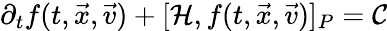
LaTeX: \partial_{t}f(t,\vec{x},\vec{v})+[\mathcal{H},f(t,\vec{x},\vec{v})]_{P}=\mathcal{C}